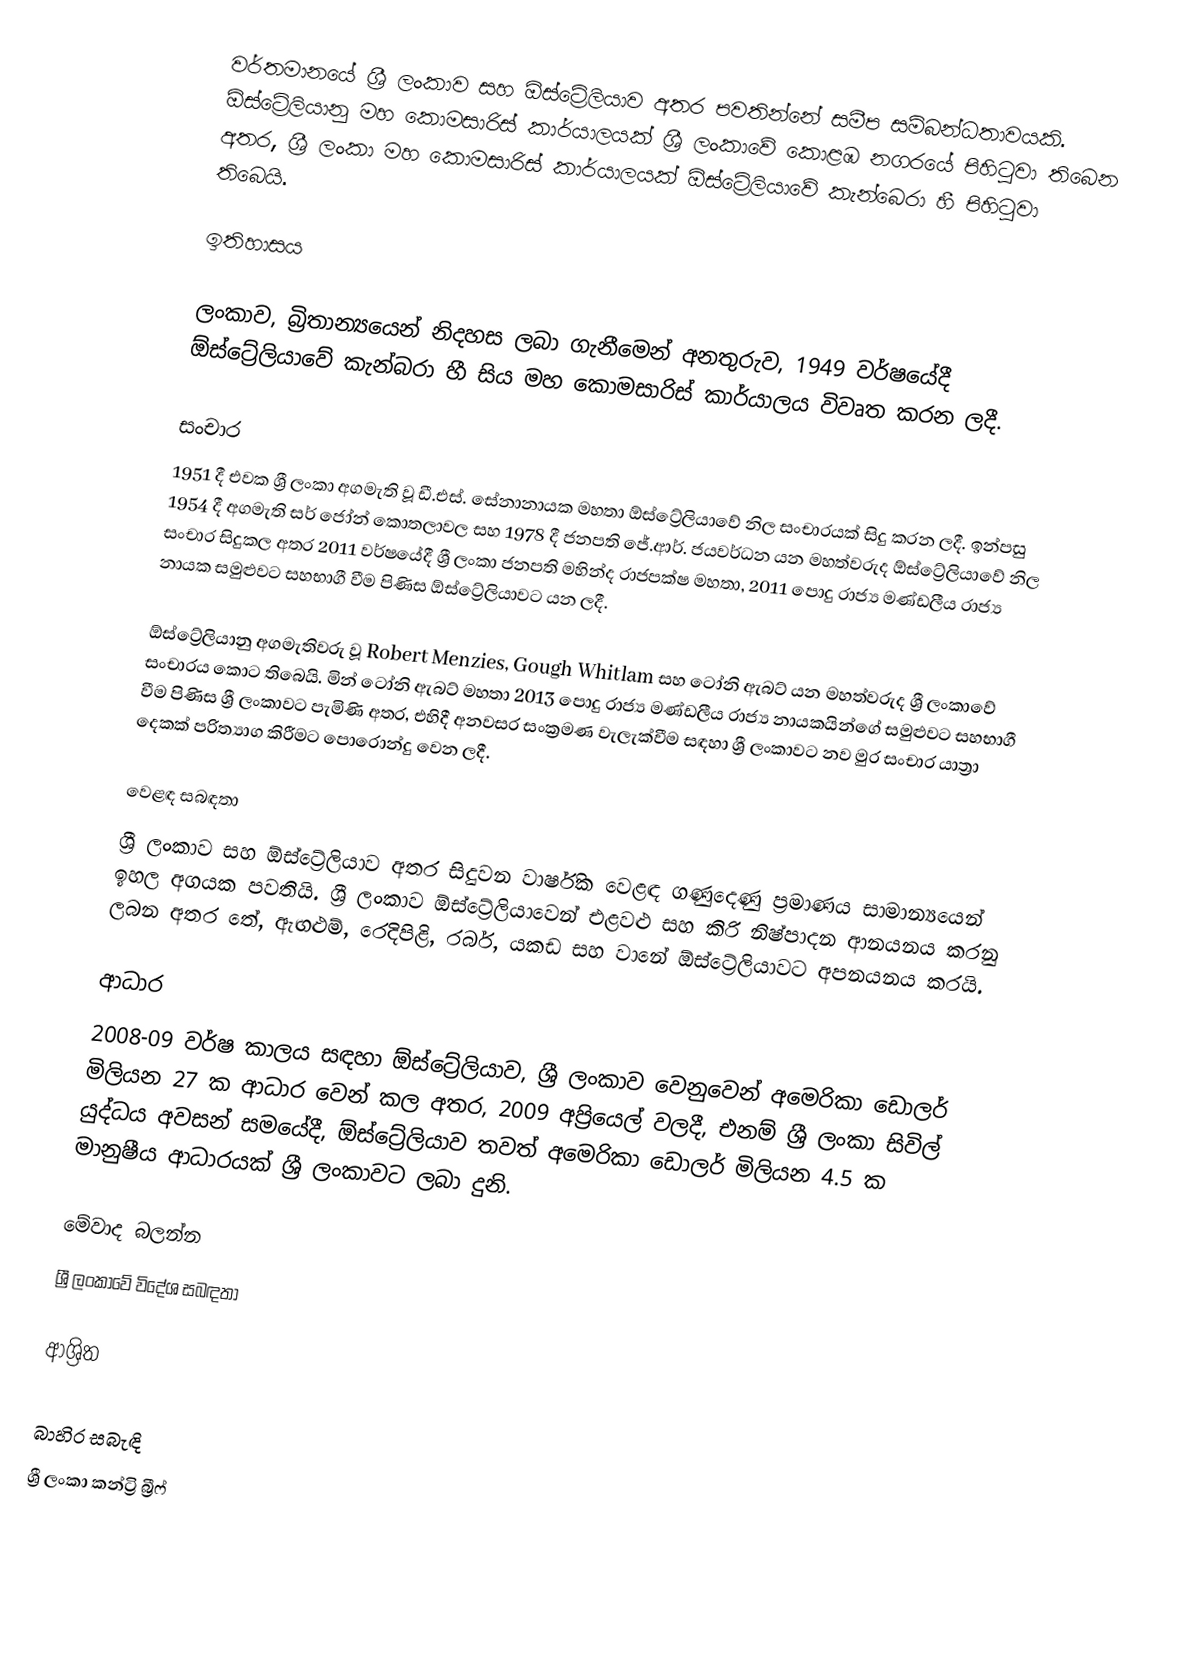
වර්තමානයේ ශ්‍රී ලංකාව සහ ඕස්ට්‍රේලියාව අතර පවතින්නේ සමීප සම්බන්ධතාවයකි. ඕස්ට්‍රේලියානු මහ කොමසාරිස් කාර්යාලයක් ශ්‍රී ලංකාවේ කොළඹ නගරයේ පිහිටුවා තිබෙන අතර, ශ්‍රී ලංකා මහ කොමසාරිස් කාර්යාලයක් ඕස්ට්‍රේලියාවේ කැන්බෙරා හී පිහිටුවා තිබෙයි.

ඉතිහාසය

ලංකාව, බ්‍රිතාන්‍යයෙන් නිදහස ලබා ගැනීමෙන් අනතුරුව, 1949 වර්ෂයේදී ඕස්ට්‍රේලියාවේ කැන්බරා හී සිය මහ කොමසාරිස් කාර්යාලය විවෘත කරන ලදී.

සංචාර
1951 දී එවක ශ්‍රී ලංකා අගමැති වූ ඩී.එස්. සේනානායක මහතා ඕස්ට්‍රේලියාවේ නිල සංචාරයක් සිදු කරන ලදී. ඉන්පසු 1954 දී අගමැති සර් ජෝන් කොතලාවල සහ 1978 දී ජනපති ජේ.ආර්. ජයවර්ධන යන මහත්වරුද ඕස්ට්‍රේලියාවේ නිල සංචාර සිදුකල අතර 2011 වර්ෂයේදී ශ්‍රී ලංකා ජනපති මහින්ද රාජපක්ෂ මහතා, 2011 පොදු රාජ්‍ය මණ්ඩලීය රාජ්‍ය නායක සමුළුවට සහභාගී වීම පිණිස ඕස්ට්‍රේලියාවට යන ලදී.

ඕස්ට්‍රේලියානු අගමැතිවරු වූ Robert Menzies, Gough Whitlam සහ ටෝනි ඇබට් යන මහත්වරුද ශ්‍රී ලංකාවේ සංචාරය කොට තිබෙයි. මින් ටෝනි ඇබට් මහතා ‎2013 පොදු රාජ්‍ය මණ්ඩලීය රාජ්‍ය නායකයින්ගේ සමුළුවට සහභාගී වීම පිණිස ශ්‍රී ලංකාවට පැමිණි අතර, එහිදී අනවසර සංක්‍රමණ වැලැක්වීම සඳහා ශ්‍රී ලංකාවට නව මුර සංචාර යාත්‍රා දෙකක් පරිත්‍යාග කිරීමට පොරොන්දු වෙන ලදී.

වෙළඳ සබඳතා
ශ්‍රී ලංකාව සහ ඕස්ට්‍රේලියාව අතර සිදුවන වාර්ෂික වෙළඳ ගණුදෙණු ප්‍රමාණය සාමාන්‍යයෙන් ඉහල අගයක පවතියි. ශ්‍රී ලංකාව ඕස්ට්‍රේලියාවෙන් එළවළු සහ කිරි නිෂ්පාදන ආනයනය කරනු ලබන අතර තේ, ඇඟළුම්, රෙදිපිළි, රබර්, යකඩ සහ වානේ ඕස්ට්‍රේලියාවට අපනයනය කරයි.

ආධාර
2008-09 වර්ෂ කාලය සඳහා ඕස්ට්‍රේලියාව, ශ්‍රී ලංකාව වෙනුවෙන් අමෙරිකා ඩොලර් මිලියන 27 ක ආධාර වෙන් කල අතර,  2009 අප්‍රියෙල් වලදී, එනම් ශ්‍රී ලංකා සිවිල් යුද්ධය අවසන් සමයේදී, ඕස්ට්‍රේලියාව තවත් අමෙරිකා ඩොලර් මිලියන 4.5 ක මානුෂීය ආධාරයක් ශ්‍රී ලංකාවට ලබා දුනි.

මේවාද බලන්න
 ශ්‍රී ලංකාවේ විදේශ සබඳතා

ආශ්‍රිත

බාහිර සබැඳි
 ශ්‍රී ලංකා කන්ට්‍රි බ්‍රීෆ්